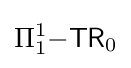
\Pi _{1}^{1}{\mathsf {-TR}}_{0}